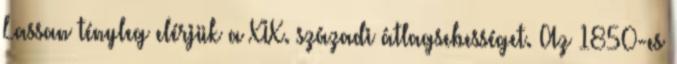
Lassan tényleg elérjük a XIX. századi átlagsebességet. Az 1850-es